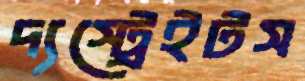
দ্যস্ট্রেইটস